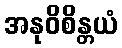
အနုဝိစိန္တယံ